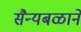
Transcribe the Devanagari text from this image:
सैन्यबळाने